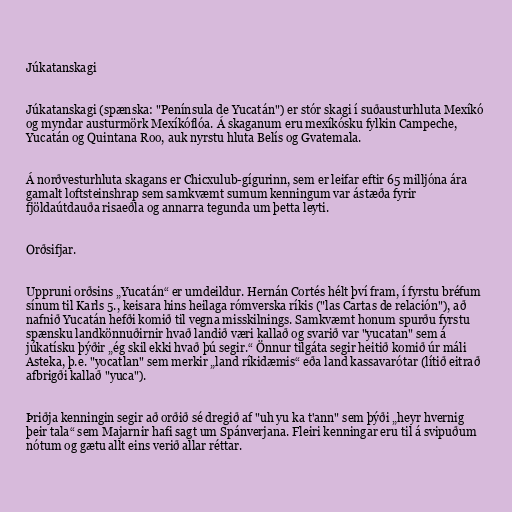
Júkatanskagi

Júkatanskagi (spænska: "Península de Yucatán") er stór skagi í suðausturhluta Mexíkó
og myndar austurmörk Mexíkóflóa. Á skaganum eru mexíkósku fylkin Campeche,
Yucatán og Quintana Roo, auk nyrstu hluta Belís og Gvatemala.

Á norðvesturhluta skagans er Chicxulub-gígurinn, sem er leifar eftir 65 milljóna ára
gamalt loftsteinshrap sem samkvæmt sumum kenningum var ástæða fyrir
fjöldaútdauða risaeðla og annarra tegunda um þetta leyti.

Orðsifjar.

Uppruni orðsins „Yucatán“ er umdeildur. Hernán Cortés hélt því fram, í fyrstu bréfum
sínum til Karls 5., keisara hins heilaga rómverska ríkis ("las Cartas de relación"), að
nafnið Yucatán hefði komið til vegna misskilnings. Samkvæmt honum spurðu fyrstu
spænsku landkönnuðirnir hvað landið væri kallað og svarið var "yucatan" sem á
júkatísku þýðir „ég skil ekki hvað þú segir.“ Önnur tilgáta segir heitið komið úr máli
Asteka, þ.e. "yocatlan" sem merkir „land ríkidæmis“ eða land kassavarótar (lítið eitrað
afbrigði kallað "yuca").

Þriðja kenningin segir að orðið sé dregið af "uh yu ka t'ann" sem þýði „heyr hvernig
þeir tala“ sem Majarnir hafi sagt um Spánverjana. Fleiri kenningar eru til á svipuðum
nótum og gætu allt eins verið allar réttar.